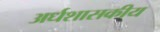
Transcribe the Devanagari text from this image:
अर्धशासकीय